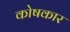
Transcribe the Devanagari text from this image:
काेषकार